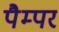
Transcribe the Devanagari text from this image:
पैम्पर